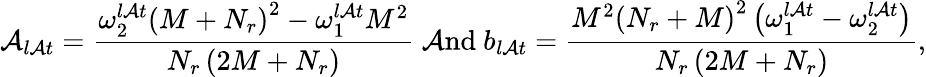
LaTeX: \mathcal{A}_{l\mathcal{A}t}=\frac{{\omega_{2}^{l\mathcal{A}t}\left(M+N_{r}\right)^{2}-\omega_{1}^{l\mathcal{A}t}M^{2}}}{{N_{r}\left(2M+N_{r}\right)}}\mathrm{{~\mathcal{A}nd~}}b_{l\mathcal{A}t}=\frac{{M^{2}\left(N_{r}+M\right)^{2}\left(\omega_{1}^{l\mathcal{A}t}-\omega_{2}^{l\mathcal{A}t}\right)}}{{N_{r}\left(2M+N_{r}\right)}},